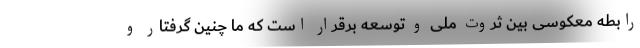
رابطه معکوسی بین ثروت ملی و توسعه برقرار است که ما چنین گرفتار و